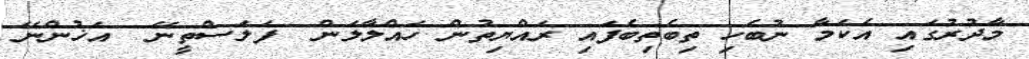
މާދުރުގައި އެކަމާ ނުބެހި ތިބެތިބެފައި ރައްޔިތުން ހައްލާލަން  ފަލަސްތީނޭ  އަޚުންނޭ